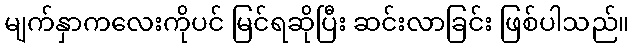
မျက်နှာကလေးကိုပင် မြင်ရဆိုပြီး ဆင်းလာခြင်း ဖြစ်ပါသည်။